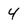
Character: 4